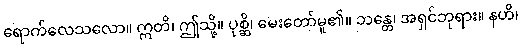
ရောက်လေသလော။ ဣတိ၊ ဤသို့။ ပုစ္ဆိ၊ မေးတော်မူ၏။ ဘန္တေ၊ အရှင်ဘုရား။ နဟိ၊